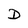
Character: D